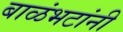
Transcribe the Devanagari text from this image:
बाळंभटांनी